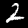
Label: 2